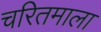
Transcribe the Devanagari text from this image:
चरितमाला